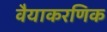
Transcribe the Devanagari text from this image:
वैयाकरणिक